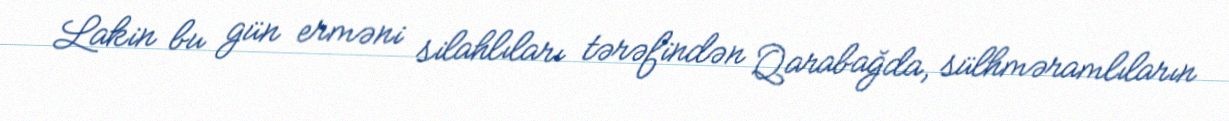
Lakin bu gün erməni silahlıları tərəfindən Qarabağda, sülhməramlıların